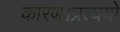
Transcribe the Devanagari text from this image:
कारण।प्रत्ययो